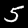
Label: 5